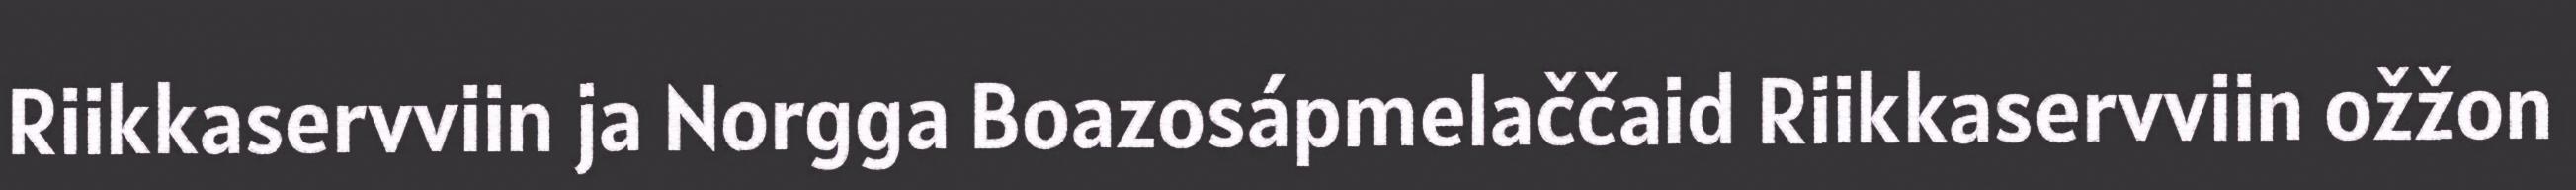
Riikkaservviin ja Norgga Boazosápmelaččaid Riikkaservviin ožžon